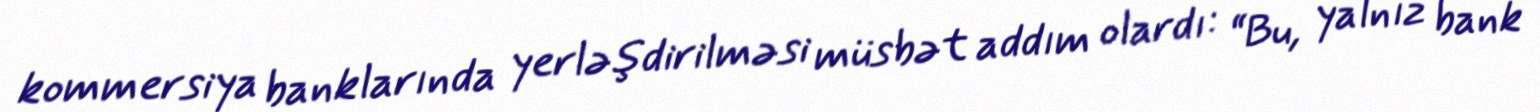
kommersiya banklarında yerləşdirilməsi müsbət addım olardı: “Bu, yalnız bank